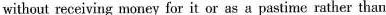
without receiving money for it or as a pastime rather than